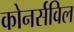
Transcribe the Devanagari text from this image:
कोनर्सविल